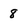
Character: 8